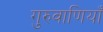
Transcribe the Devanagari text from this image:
गुरुवाणियाँ